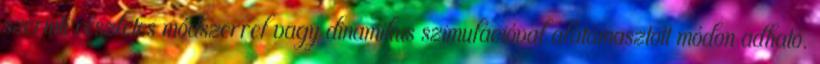
szerinti részletes módszerrel vagy dinamikus szimulációval alátámasztott módon adható.